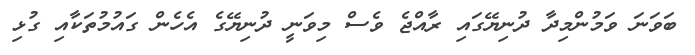
ބަވަނަ ވަމުންމިދާ ދުނިޔޭގައި ރާއްޖެ ވެސް މިވަނީ ދުނިޔޭގެ އެހެން ގައުމުތަކާއި ގުޅި